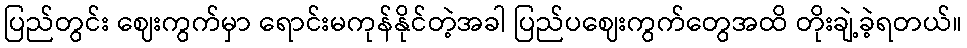
ပြည်တွင်း ဈေးကွက်မှာ ရောင်းမကုန်နိုင်တဲ့အခါ ပြည်ပဈေးကွက်တွေအထိ တိုးချဲ့ခဲ့ရတယ်။